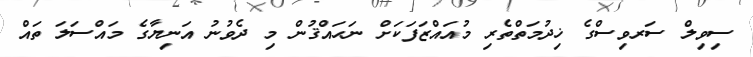
ސިވިލް ސަރވިސްގެ ޚިދުމަތްތެރި މުއައްޒަފަކަށް ނަޙައްޤުން މި ދެވުނު އަނިޔާގެ މައްސަލަ ތައް